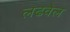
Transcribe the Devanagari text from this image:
लढवेल